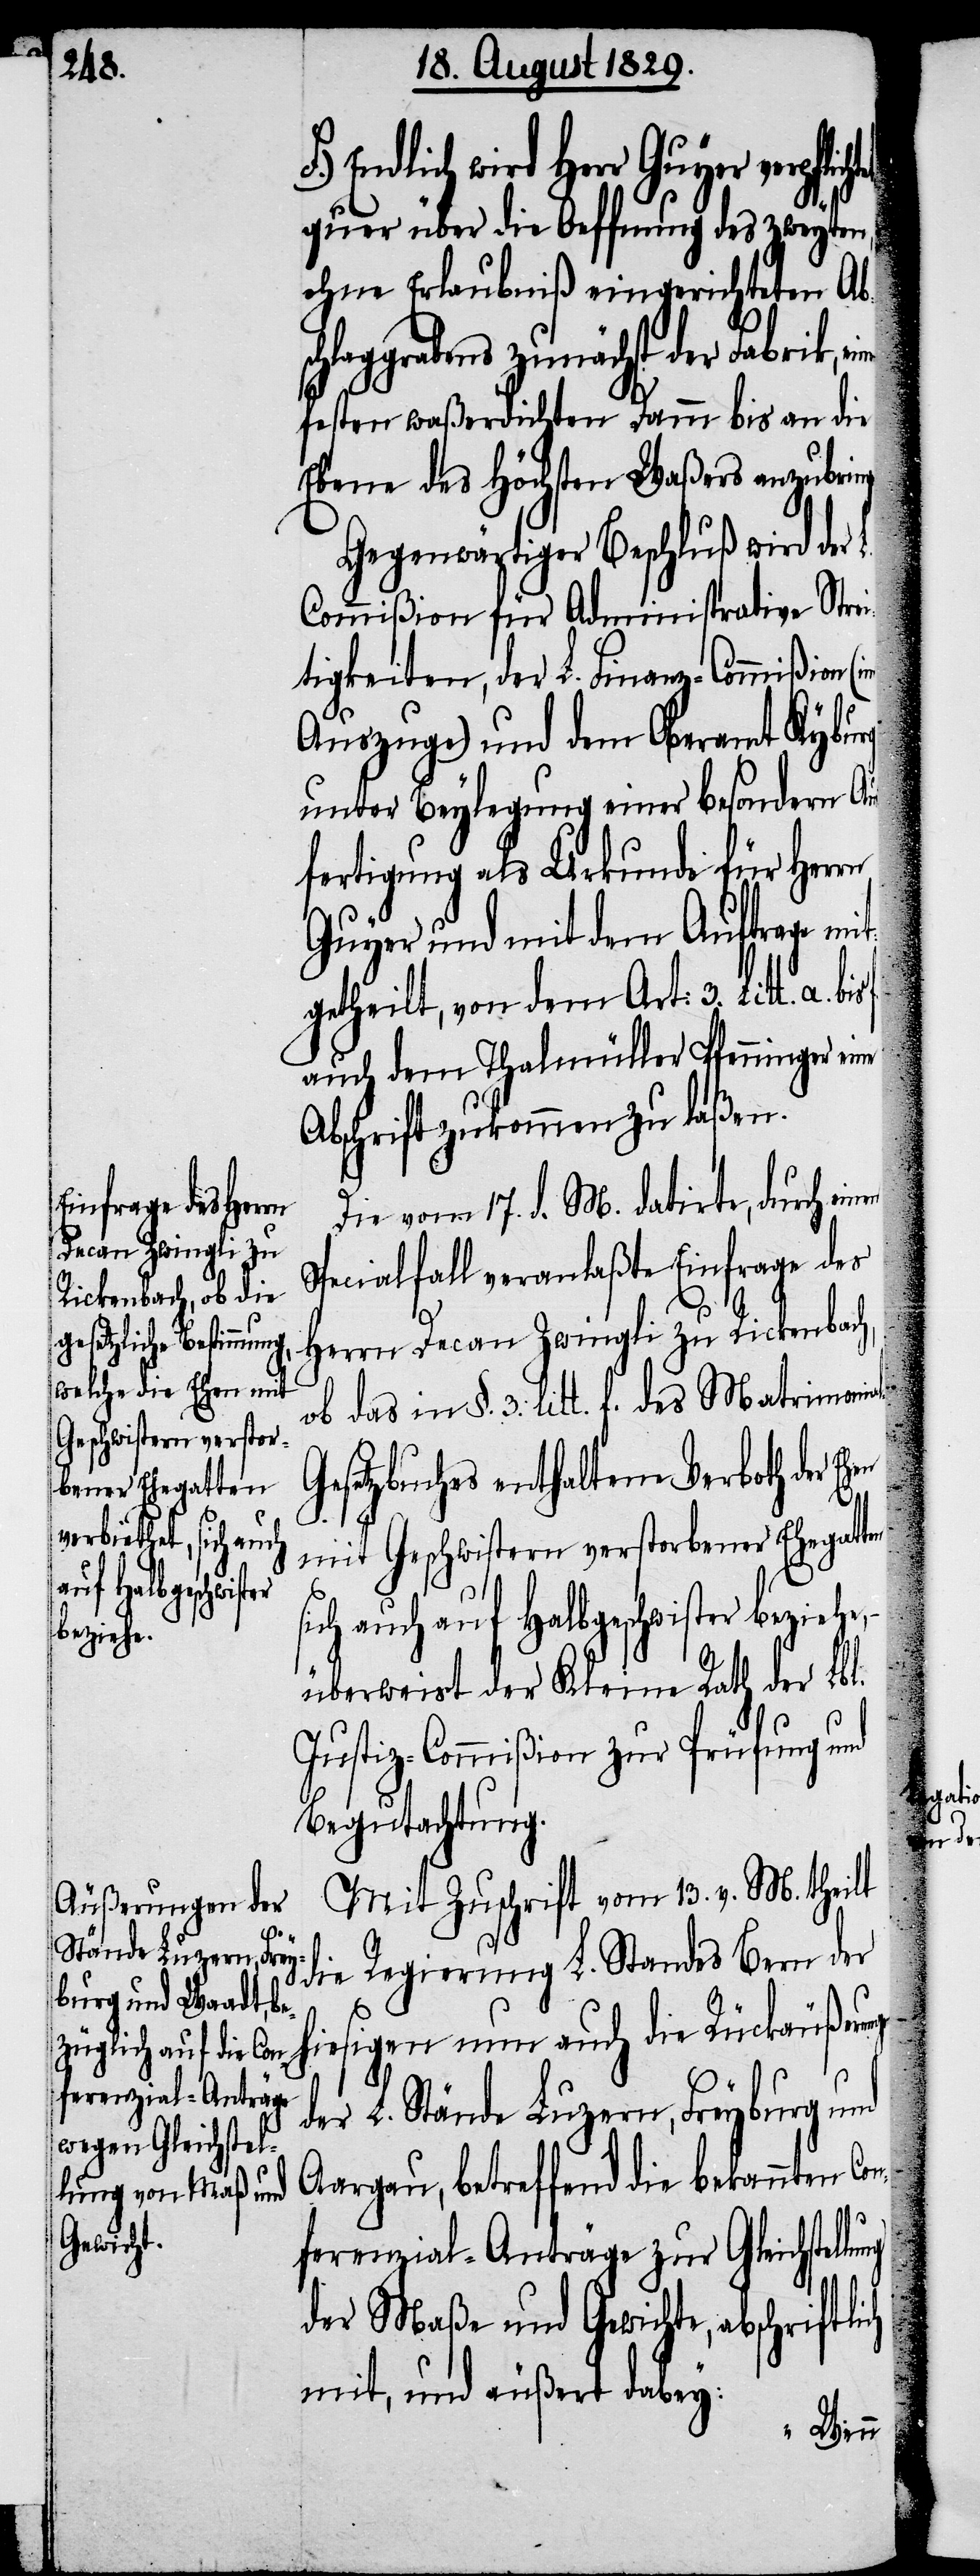
al-G¬

wird Herr Guyer verp¬
quer über die Oeffnung des zweyten,
ohne Erlaubniß eingerichteten Ab¬
schlaggrabens zunächst der Fabrik, ei¬
festen waßerdichten Damm bis an die
Ebene des höchsten Waßers anzubrin¬
Gegenwärtiger Beschluß wird der
Commißion für Administrative Stre¬
itigkeiten, der L. Finanz-Commißion
Auszuge) und dem Oberamt Kyburg
unter Beylegung einer besondern Au¬
sfertigung als Urkunde für Herrn
Guyer und mit dem Auftrage mi¬
tgetheilt, von dem Art: 3 Litt. a bis
auch dem Thalmüller Pfenninger ei¬
Abschrift zukommen zu laßen.
Die vom 17. d. M. datirte, durch ei¬
Specialfall veranlaßte Einfrage des
Herrn Decan Zwingli zu Rickenbach,
ob das in §. 3. litt. f. des Matrimoni¬
esetzbuches enthaltene Verboth der E¬
mit Geschwistern verstorbener Ehegatt¬
flichtet,
ich auch auf Halbgeschwister beziehe,
überweist der Kleine Rath der Lbl.
Justiz-Commißion zur Prüfung und
Begutachtung.
Mit Zuschrift vom 13. v. M. theilt
die Regierung L. Standes Bern der
hiesigen nun auch die Rückäußeru¬
er L. Stände Luzern, Freyburg und
Aargau, betreffend die bekannten Co¬
nferenzial-Anträge zur Gleichstel¬
der Maße und Gewichte, abschrift¬
mit, und äußert dabey:

lich
ngen d¬